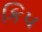
કિપ